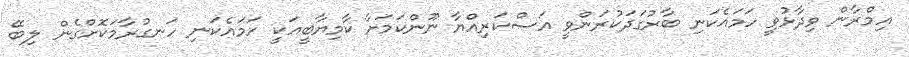
އިމްރާން ވިދާޅުވީ ހަމައެކަނި ބާރުގަދަކުރަންވީ އަސްކަރިއްޔާ ނޫންކަމަށާ ކާމިޔާބީއަކީ ހަމައެކަނި ހަނގުރާމަކޮށްގެން ލިބޭ